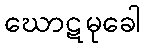
ဃောဋမုခေါ